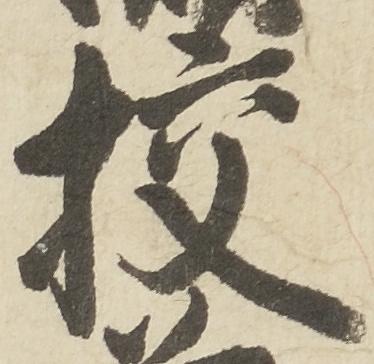
校